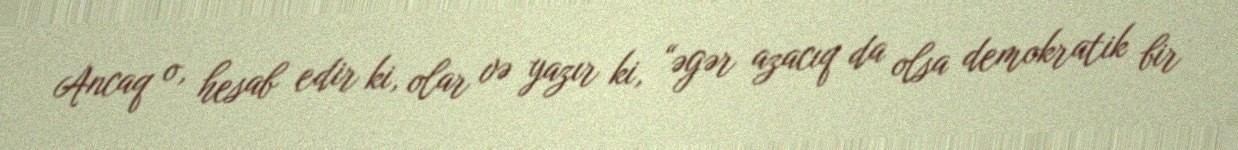
Ancaq o, hesab edir ki, olar və yazır ki, “əgər azacıq da olsa demokratik bir